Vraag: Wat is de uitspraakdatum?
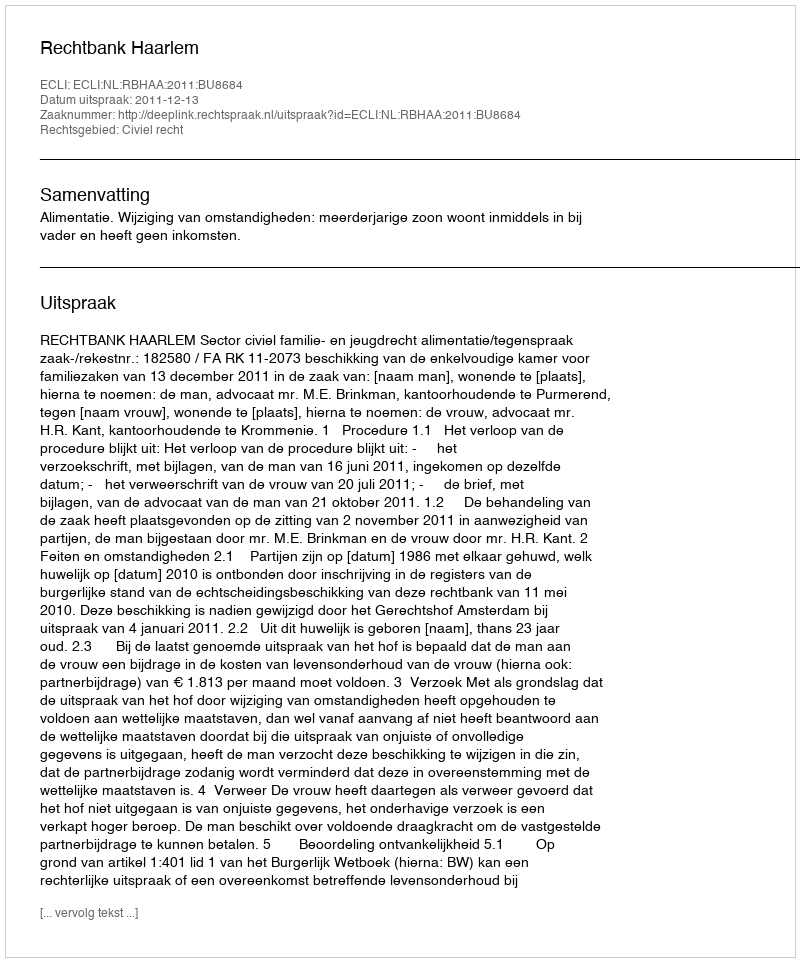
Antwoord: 2011-12-13